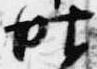
昨